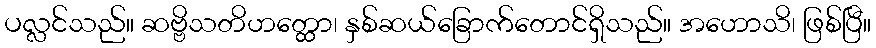
ပလ္လင်သည်။ ဆဗ္ဗိသတိဟတ္ထော၊ နှစ်ဆယ်ခြောက်တောင်ရှိသည်။ အဟောသိ၊ ဖြစ်ပြီ။